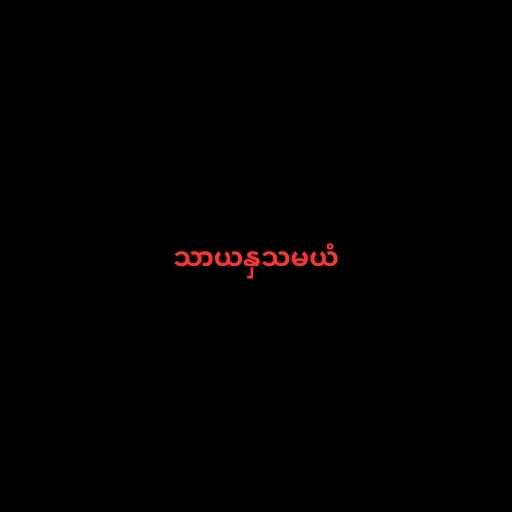
သာယနှသမယံ